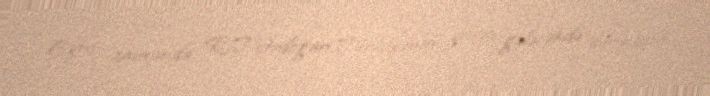
Eyni zamanda, R.T.Ərdoğan Türkiyənin yaxın gələcəkdə dünyanın